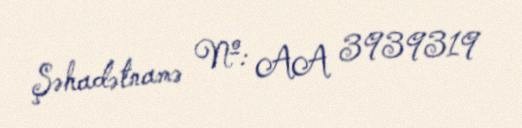
Şəhadətnamə №: AA 3939319